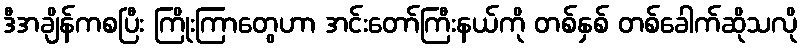
ဒီအချိန်ကစပြီး ကြိုးကြာတွေဟာ အင်းတော်ကြီးနယ်ကို တစ်နှစ် တစ်ခေါက်ဆိုသလို